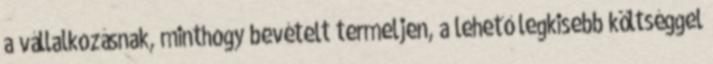
a vállalkozásnak, minthogy bevételt termeljen, a lehető legkisebb költséggel